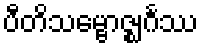
ပီတိသမ္ဗောဇ္ဈင်္ဂဿ